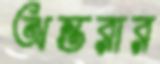
অন্তরার